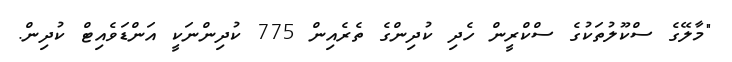
"މާލޭގެ ސްކޫލުތަކުގެ ސްކްރީން ހެދި ކުދިންގެ ތެރެއިން 775 ކުދިންނަކީ އަންޑަވެއިޓް ކުދިން.